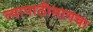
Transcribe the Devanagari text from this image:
त्यापाठीमागचा